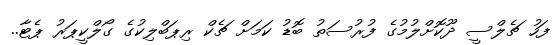
ފަހު ޗެލްސީ ދޫކޮށްލުމުގެ ފުރުސަތު ބޮޑު ކަމަށް ޗެކް ރިޕަބްލިކުގެ ގޯލްކީޕަރު ޕެޓާ..